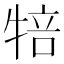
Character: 犃